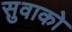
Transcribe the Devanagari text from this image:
सुवाको